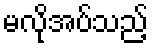
မလိုအပ်သည့်